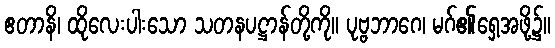
ဧတာနိ၊ ထိုလေးပါးသော သတနပဋ္ဌာန်တို့ကို။ ပုဗ္ဗဘာဂေ၊ မဂ်၏ရှေ့အဖို့၌။